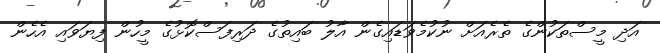
އަދި މީސްތަކުންގެ ތެރެއަށް ނުކުމެވަޑައިގެން އާލު ބައިތުގެ ދަރިފަސްކޮޅުގެ މީހުން ފިޔަވައި އެހެން